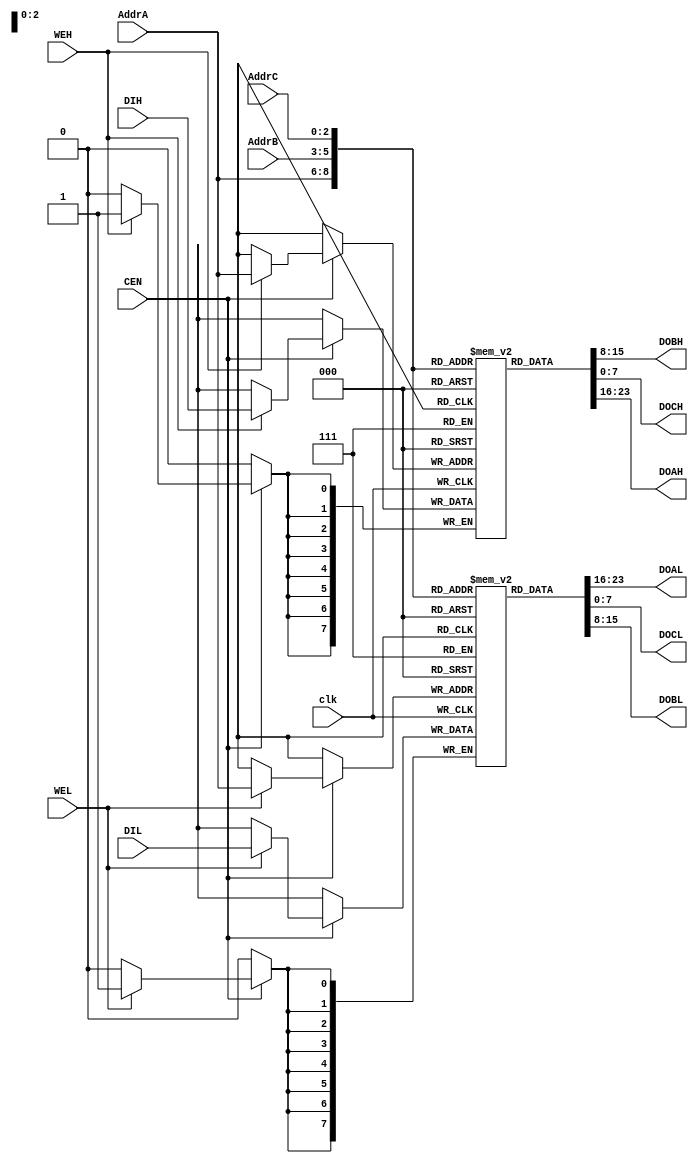
//
// TV80 8-Bit Microprocessor Core
// Based on the VHDL T80 core by Daniel Wallner (jesus@opencores.org)
//
// Copyright (c) 2004 Guy Hutchison (ghutchis@opencores.org)
//
// Permission is hereby granted, free of charge, to any person obtaining a
// copy of this software and associated documentation files (the "Software"),
// to deal in the Software without restriction, including without limitation
// the rights to use, copy, modify, merge, publish, distribute, sublicense,
// and/or sell copies of the Software, and to permit persons to whom the
// Software is furnished to do so, subject to the following conditions:
//
// The above copyright notice and this permission notice shall be included
// in all copies or substantial portions of the Software.
//
// THE SOFTWARE IS PROVIDED "AS IS", WITHOUT WARRANTY OF ANY KIND,
// EXPRESS OR IMPLIED, INCLUDING BUT NOT LIMITED TO THE WARRANTIES OF
// MERCHANTABILITY, FITNESS FOR A PARTICULAR PURPOSE AND NONINFRINGEMENT.
// IN NO EVENT SHALL THE AUTHORS OR COPYRIGHT HOLDERS BE LIABLE FOR ANY
// CLAIM, DAMAGES OR OTHER LIABILITY, WHETHER IN AN ACTION OF CONTRACT,
// TORT OR OTHERWISE, ARISING FROM, OUT OF OR IN CONNECTION WITH THE
// SOFTWARE OR THE USE OR OTHER DEALINGS IN THE SOFTWARE.

module tv80_reg (/*AUTOARG*/
  // Outputs
  DOBH, DOAL, DOCL, DOBL, DOCH, DOAH,
  // Inputs
  AddrC, AddrA, AddrB, DIH, DIL, clk, CEN, WEH, WEL
  );
    input  [2:0] AddrC;
    output [7:0] DOBH;
    input  [2:0] AddrA;
    input  [2:0] AddrB;
    input  [7:0] DIH;
    output [7:0] DOAL;
    output [7:0] DOCL;
    input  [7:0] DIL;
    output [7:0] DOBL;
    output [7:0] DOCH;
    output [7:0] DOAH;
    input  clk, CEN, WEH, WEL;

  reg [7:0] RegsH [0:7];
  reg [7:0] RegsL [0:7];

  `ifdef SIMULATION
  // This is sometimes needed to avoid X's in simulation
  // Like the start up of Altered Beast
  integer aux;
  initial begin
    for( aux=0; aux<8; aux=aux+1) begin
        RegsH[aux]=0;
        RegsL[aux]=0;
    end
  end
  `endif

  always @(posedge clk)
    begin
      if (CEN)
        begin
          if (WEH) RegsH[AddrA] <= DIH;
          if (WEL) RegsL[AddrA] <= DIL;
        end
    end

  assign DOAH = RegsH[AddrA];
  assign DOAL = RegsL[AddrA];
  assign DOBH = RegsH[AddrB];
  assign DOBL = RegsL[AddrB];
  assign DOCH = RegsH[AddrC];
  assign DOCL = RegsL[AddrC];

  // break out ram bits for waveform debug
// synopsys translate_off
  wire [7:0] B = RegsH[0];
  wire [7:0] C = RegsL[0];
  wire [7:0] D = RegsH[1];
  wire [7:0] E = RegsL[1];
  wire [7:0] H = RegsH[2];
  wire [7:0] L = RegsL[2];

  wire [15:0] IX = { RegsH[3], RegsL[3] };
  wire [15:0] IY = { RegsH[7], RegsL[7] };
// synopsys translate_on

endmodule